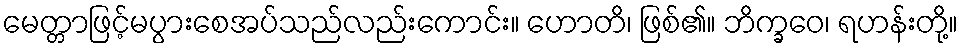
မေတ္တာဖြင့်မပွားစေအပ်သည်လည်းကောင်း။ ဟောတိ၊ ဖြစ်၏။ ဘိက္ခဝေ၊ ရဟန်းတို့။